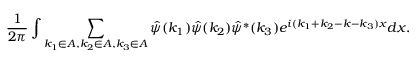
\frac { 1 } { 2 \pi } \int \sum _ { k _ { 1 } \in A , k _ { 2 } \in A , k _ { 3 } \in A } \hat { \psi } ( k _ { 1 } ) \hat { \psi } ( k _ { 2 } ) \hat { \psi } ^ { * } ( k _ { 3 } ) e ^ { i ( k _ { 1 } + k _ { 2 } - k - k _ { 3 } ) x } d x .